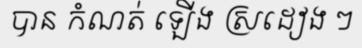
បាន កំណត់ ឡើង ស្រដៀង ៗ